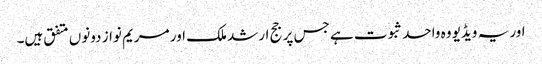
اور یہ ویڈیو وہ واحد ثبوت ہے جس پر جج ارشد ملک اور مریم نواز دونوں متفق ہیں۔